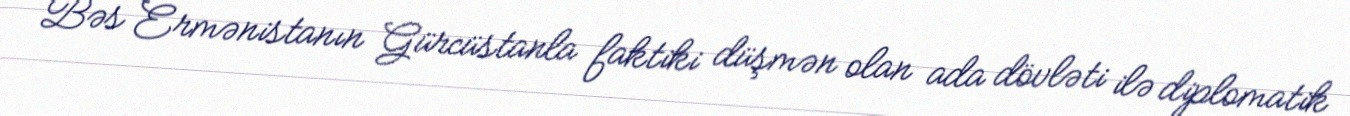
Bəs Ermənistanın Gürcüstanla faktiki düşmən olan ada dövləti ilə diplomatik